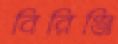
বিরিঞ্জি